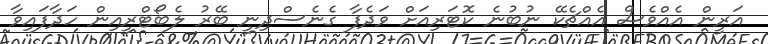
އަރީން އެއްވެސް އެއްޗެކޭ ނުބުނެ ކޮޓަރިއަށް ވަދެފާ ގެނެސްދިނީ ބޭރު ލެބޯޓްރީއިން ހަދާފައިވާ